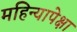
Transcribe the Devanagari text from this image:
महिन्यापेक्षा